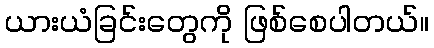
ယားယံခြင်းတွေကို ဖြစ်စေပါတယ်။